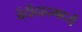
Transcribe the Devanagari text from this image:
वेंदीदादमध्यें